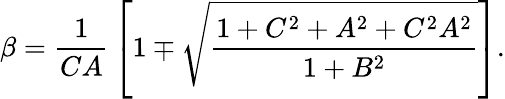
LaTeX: \beta={\frac{1}{CA}}\left[1\mp\sqrt{\frac{1+C^{2}+A^{2}+C^{2}A^{2}}{1+B^{2}}}\right].